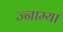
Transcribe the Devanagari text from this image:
ज्नाम्या